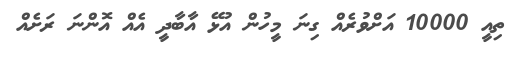
ތިއީ 10000 އަށްވުރެއް ގިނަ މީހުން އުޅޭ އާބާދީ އެއް އޮންނަ ރަށެއް